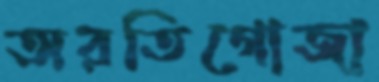
অরতিগোজা